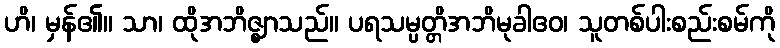
ဟိ၊ မှန်၏။ သာ၊ ထိုအဘိဇ္ဈာသည်။ ပရသမ္ပတ္တိအဘိမုခါဧဝ၊ သူတစ်ပါးစည်းစမ်ကို